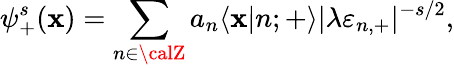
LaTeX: \psi_{+}^{s}(\mathbf{x})=\sum_{n\in\calZ}a_{n}\langle\mathbf{x}|n;{+}\rangle|\lambda\varepsilon_{n,+}|^{-s/2},